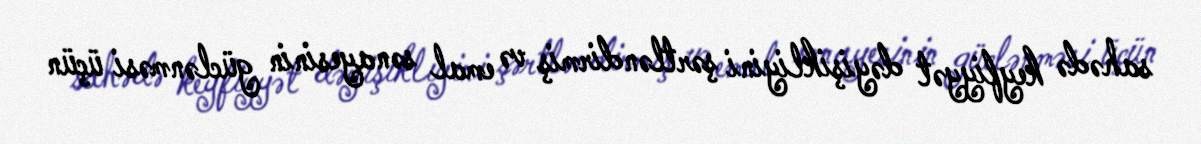
sahədə keyfiyyət dəyişikliyini şərtləndirmiş və emal sənayesinin güclənməsi üçün